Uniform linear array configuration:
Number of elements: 32
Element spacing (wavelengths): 0.25
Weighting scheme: binomial
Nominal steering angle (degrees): -60
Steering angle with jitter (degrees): -58.632
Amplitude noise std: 0.05
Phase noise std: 0.05

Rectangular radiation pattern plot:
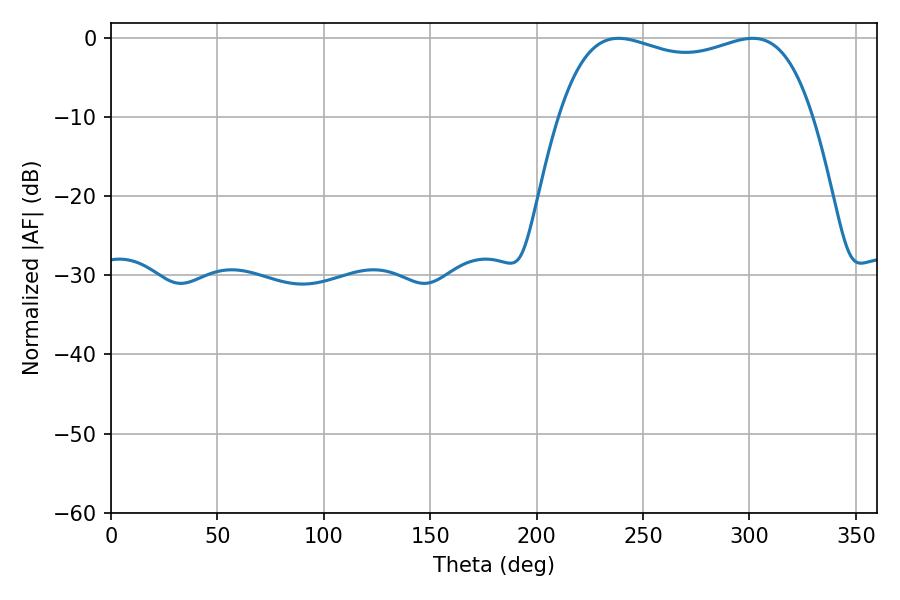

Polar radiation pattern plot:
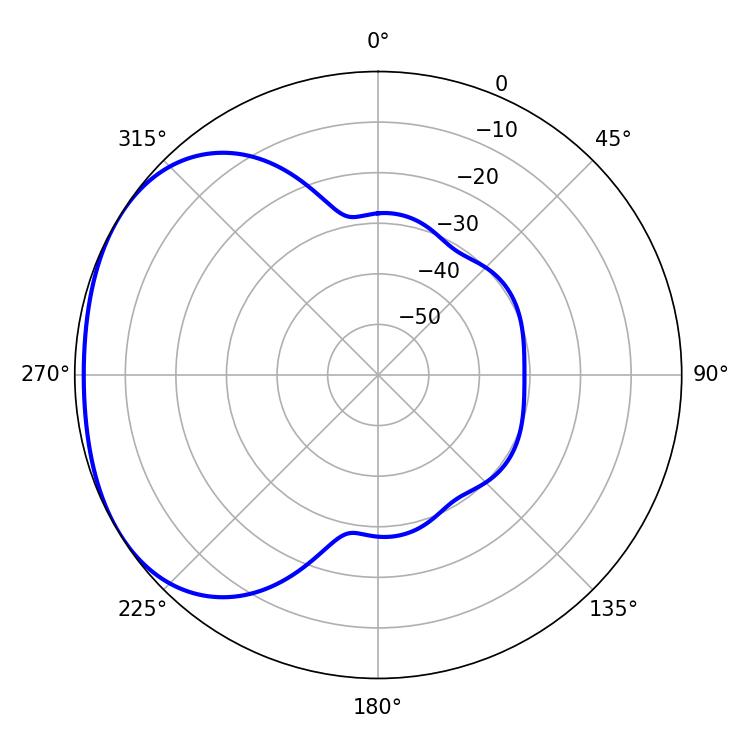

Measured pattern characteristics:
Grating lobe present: FALSE
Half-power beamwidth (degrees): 97.2
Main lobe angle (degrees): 238.5